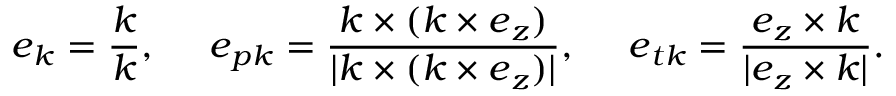
\boldsymbol { e } _ { \boldsymbol { k } } = \frac { \boldsymbol { k } } { k } , ~ ~ ~ ~ \boldsymbol { e } _ { p \boldsymbol { k } } = \frac { \boldsymbol { k } \times ( \boldsymbol { k } \times \boldsymbol { e } _ { z } ) } { | \boldsymbol { k } \times ( \boldsymbol { k } \times \boldsymbol { e } _ { z } ) | } , ~ ~ ~ ~ \boldsymbol { e } _ { t \boldsymbol { k } } = \frac { \boldsymbol { e } _ { z } \times \boldsymbol { k } } { | \boldsymbol { e } _ { z } \times \boldsymbol { k } | } .